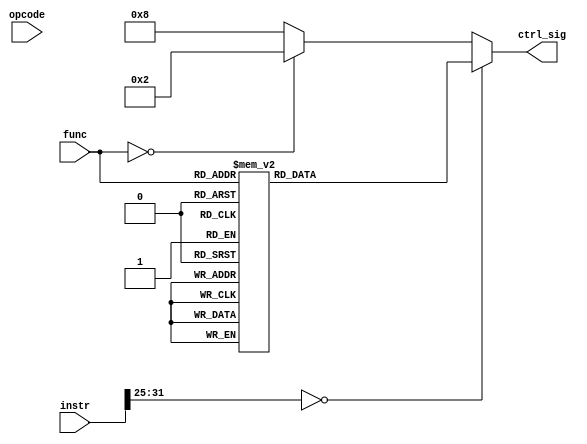
`timescale 1ns / 1ps
//////////////////////////////////////////////////////////////////////////////////
// Company: 
// Engineer: 
// 
// Design Name: 
// Module Name: control_unit
// Project Name: 
// Target Devices: 
// Tool Versions: 
// Description: 
// 
// Dependencies: 
// 
// Revision:
// Revision 0.01 - File Created
// Additional Comments:
// 
//////////////////////////////////////////////////////////////////////////////////

module control_unit(instr,func,opcode,ctrl_sig);
    
    input [31:0] instr;
    input [2:0] func;
    input [6:0] opcode; 
    output reg [3:0] ctrl_sig;   
    
    always@(*)
        if( instr[31:25]==7'b0)
            case(func) 
                3'b000: ctrl_sig=4'b0001;
                3'b001: ctrl_sig=4'b0011;
                3'b010: ctrl_sig=4'b0100;
                3'b011: ctrl_sig=4'b0101;
                3'b100: ctrl_sig=4'b0110;
                3'b101: ctrl_sig=4'b0111;
                3'b110: ctrl_sig=4'b1001;
                3'b111: ctrl_sig=4'b1010;
                default:ctrl_sig=4'b0000;
             endcase
         else
            if( func==3'b000)
             ctrl_sig=4'b0010;
             else
             ctrl_sig=4'b1000;

endmodule